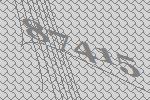
87415